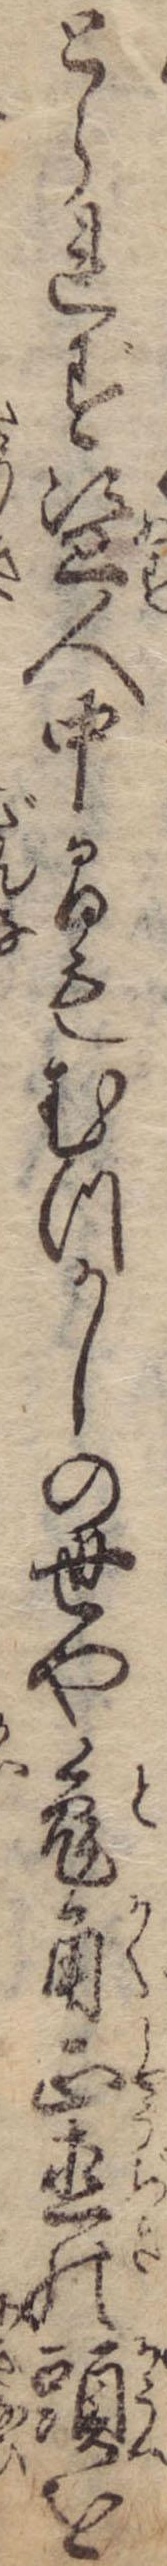
とられず盗人中間もむつかしの世や兎角正直の頭を